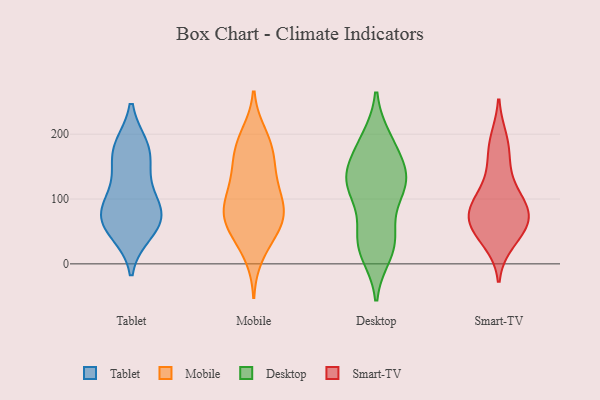
{"axis": {"x": "Shipments", "y": "Value"}, "legend": ["Desktop", "Mobile", "Smart-TV", "Tablet"], "data": [{"x": "", "y": 73, "type": "Tablet"}, {"x": "", "y": 180, "type": "Tablet"}, {"x": "", "y": 60, "type": "Tablet"}, {"x": "", "y": 49, "type": "Tablet"}, {"x": "", "y": 142, "type": "Tablet"}, {"x": "", "y": 85, "type": "Tablet"}, {"x": "", "y": 179, "type": "Tablet"}, {"x": "", "y": 171, "type": "Tablet"}, {"x": "", "y": 61, "type": "Tablet"}, {"x": "", "y": 107, "type": "Tablet"}, {"x": "", "y": 85, "type": "Tablet"}, {"x": "", "y": 158, "type": "Mobile"}, {"x": "", "y": 69, "type": "Mobile"}, {"x": "", "y": 200, "type": "Mobile"}, {"x": "", "y": 90, "type": "Mobile"}, {"x": "", "y": 39, "type": "Mobile"}, {"x": "", "y": 87, "type": "Mobile"}, {"x": "", "y": 181, "type": "Mobile"}, {"x": "", "y": 58, "type": "Mobile"}, {"x": "", "y": 114, "type": "Mobile"}, {"x": "", "y": 144, "type": "Mobile"}, {"x": "", "y": 192, "type": "Mobile"}, {"x": "", "y": 163, "type": "Mobile"}, {"x": "", "y": 13, "type": "Mobile"}, {"x": "", "y": 75, "type": "Mobile"}, {"x": "", "y": 53, "type": "Mobile"}, {"x": "", "y": 102, "type": "Mobile"}, {"x": "", "y": 123, "type": "Mobile"}, {"x": "", "y": 72, "type": "Mobile"}, {"x": "", "y": 115, "type": "Desktop"}, {"x": "", "y": 23, "type": "Desktop"}, {"x": "", "y": 127, "type": "Desktop"}, {"x": "", "y": 116, "type": "Desktop"}, {"x": "", "y": 140, "type": "Desktop"}, {"x": "", "y": 192, "type": "Desktop"}, {"x": "", "y": 188, "type": "Desktop"}, {"x": "", "y": 16, "type": "Desktop"}, {"x": "", "y": 101, "type": "Desktop"}, {"x": "", "y": 126, "type": "Desktop"}, {"x": "", "y": 39, "type": "Desktop"}, {"x": "", "y": 181, "type": "Desktop"}, {"x": "", "y": 145, "type": "Desktop"}, {"x": "", "y": 37, "type": "Desktop"}, {"x": "", "y": 140, "type": "Desktop"}, {"x": "", "y": 41, "type": "Desktop"}, {"x": "", "y": 80, "type": "Smart-TV"}, {"x": "", "y": 140, "type": "Smart-TV"}, {"x": "", "y": 74, "type": "Smart-TV"}, {"x": "", "y": 87, "type": "Smart-TV"}, {"x": "", "y": 176, "type": "Smart-TV"}, {"x": "", "y": 191, "type": "Smart-TV"}, {"x": "", "y": 108, "type": "Smart-TV"}, {"x": "", "y": 90, "type": "Smart-TV"}, {"x": "", "y": 52, "type": "Smart-TV"}, {"x": "", "y": 52, "type": "Smart-TV"}, {"x": "", "y": 35, "type": "Smart-TV"}, {"x": "", "y": 65, "type": "Smart-TV"}]}